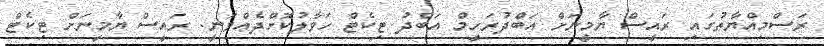
ރަސްމިއްޔާތުގައި ރައީސް ޔާމީނަށް އަބްދުރަހީމް އަބްދު ޓިކެޓް ހަވާލުކޮށްދެއްވަނީ. ރައީސް ޔާމީނަށް ޓިކެޓް